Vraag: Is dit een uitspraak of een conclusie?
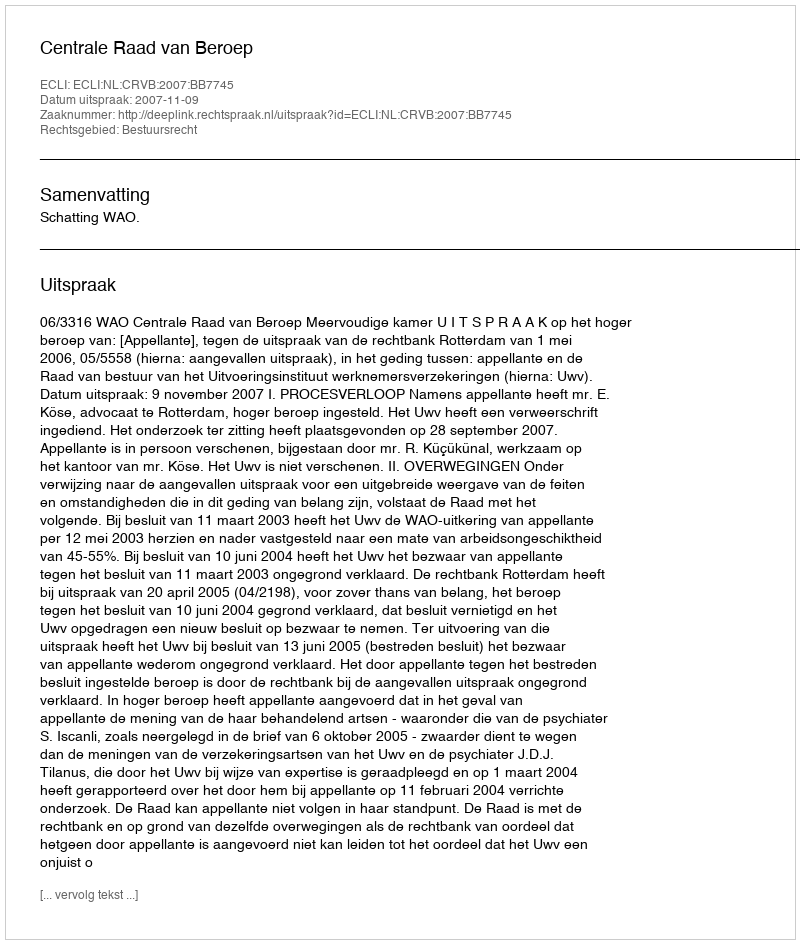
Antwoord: Uitspraak